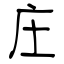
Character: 庄